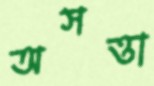
অসত্তা